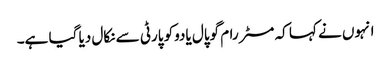
انہوں نے کہا کہ مسٹر رام گوپال یادوکو پارٹی سے نکال دیا گیا ہے۔